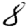
Digit: 8